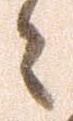
々